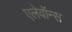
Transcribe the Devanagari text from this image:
एलेवॉन्स